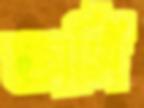
অর্সি